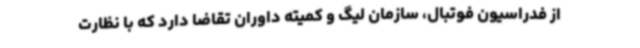
از فدراسیون فوتبال، سازمان لیگ و کمیته داوران تقاضا دارد که با نظارت